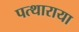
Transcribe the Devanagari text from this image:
पत्थाराया